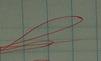
Signature authenticity: genuine